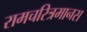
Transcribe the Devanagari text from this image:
रामचरित्रमानस